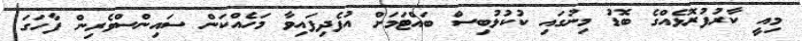
މިއީ ކާރުފުރޮޅެއްގެ ބޮޑު މިނުގައި ކުކުޅުބިސް ބައްޓަމަށް އުފެދިފައިވާ މަހެއްކަން ސައިންސްވެރިން ފާހަގަ